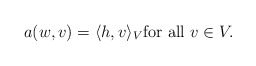
\begin{align*}a(w,v)=\langle h,v\rangle_V\mbox{for all }v\in V.\end{align*}